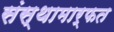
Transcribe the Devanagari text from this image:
संस्थामार्फत